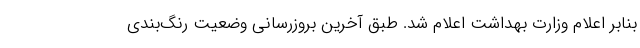
بنابر اعلام وزارت بهداشت اعلام شد. طبق آخرین بروزرسانی وضعیت رنگ‌بندی